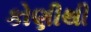
કોણીથી